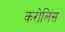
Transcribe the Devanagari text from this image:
करोलिंस